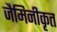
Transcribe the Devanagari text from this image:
जैमिनीकृत